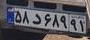
۵۸د۶۸۹۹۱